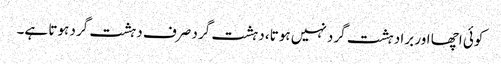
کوئی اچھا اور برا دہشت گرد نہیں ہوتا، دہشت گرد صرف دہشت گرد ہوتا ہے۔